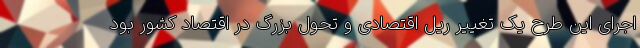
اجرای این طرح یک تغییر ریل اقتصادی و تحول بزرگ در اقتصاد کشور بود